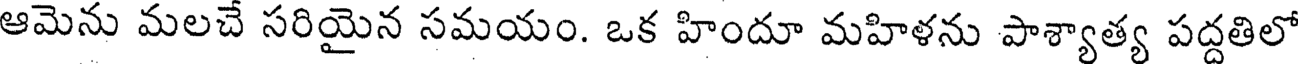
ఆమెను మలచే సరియైన సమయం. ఒక హిందూ మహిళను పాశ్యాత్య పద్దతిలో